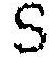
S